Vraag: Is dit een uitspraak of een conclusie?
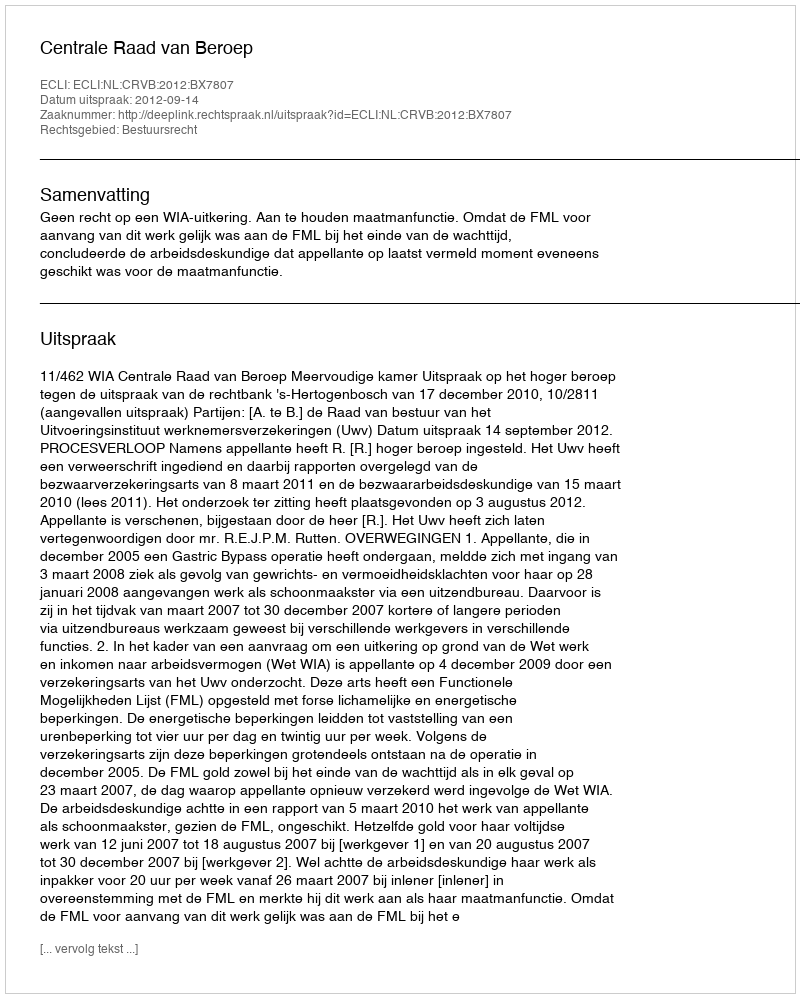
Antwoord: Uitspraak